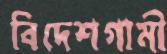
বিদেশগামী